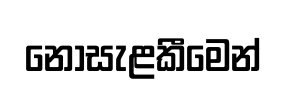
නොසැළකීමෙන්